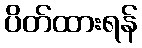
ပိတ်ထားရန်